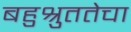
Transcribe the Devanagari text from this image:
बहुश्रुततेचा